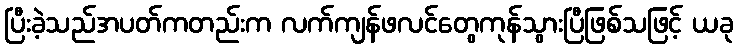
ပြီးခဲ့သည်အပတ်ကတည်းက လက်ကျန်ဖလင်တွေကုန်သွားပြီဖြစ်သဖြင့် ယခု